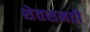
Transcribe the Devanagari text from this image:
शेतसनदी